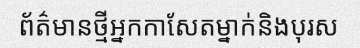
ព័ត៌មានថ្មីអ្នកកាសែតម្នាក់និងបុរស